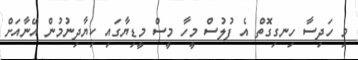
މި ހަދިސާ ހިނގިގޮތް އެ ފުލުސް މީހާ މީސް މީޑިޔާގައި ކިޔާދިނުމުން އޭނާއަށް